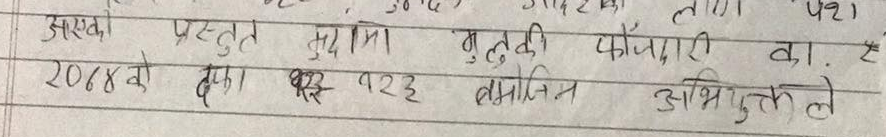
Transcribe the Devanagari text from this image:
आएका
प्रस्तुत मुदामा मुलुकी फौजदारी
का.
२०७४ को दफा १३२२३ बमोजिम अभियुक्तले